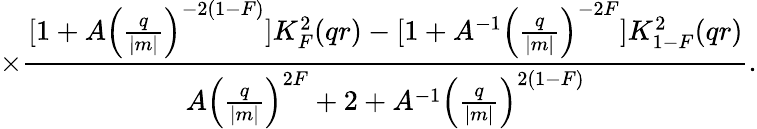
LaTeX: \times\frac{[1+A{\Bigl(\frac{q}{|m|}\Bigr)}^{-2(1-F)}]K_{F}^{2}(qr)-[1+A^{-1}{\Bigl(\frac{q}{|m|}\Bigr)}^{-2F}]K_{1-F}^{2}(qr)}{A{\Bigl(\frac{q}{|m|}\Bigr)}^{2F}+2+A^{-1}{\Bigl(\frac{q}{|m|}\Bigr)}^{2(1-F)}}.